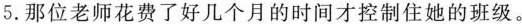
5.那位老师花费了好几个月的时间才控制住她的班级.